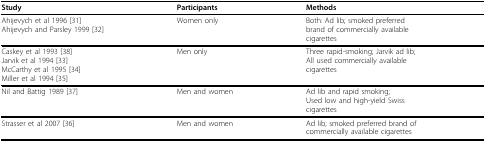
<table><thead><tr><td><b>Study</b></td><td><b>Participants</b></td><td><b>Methods</b></td></tr></thead><tbody><tr><td>Ahijevych et al 1996 [31]Ahijevych and Parsley 1999 [32]</td><td>Women only</td><td>Both: Ad lib; smoked preferredbrand of commercially availablecigarettes</td></tr><tr><td>Caskey et al 1993 [38]Jarvik et al 1994 [33]McCarthy et al 1995 [34]Miller et al 1994 [35]</td><td>Men only</td><td>Three rapid-smoking; Jarvik ad lib;All used commercially availablecigarettes</td></tr><tr><td>Nil and Battig 1989 [37]</td><td>Men and women</td><td>Ad lib and rapid smoking;Used low and high-yield Swisscigarettes</td></tr><tr><td>Strasser et al 2007 [36]</td><td>Men and women</td><td>Ad lib; smoked preferred brand ofcommercially available cigarettes</td></tr></tbody></table>